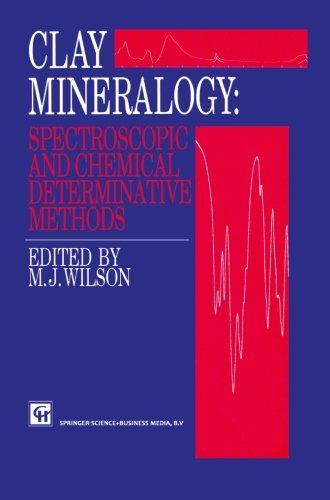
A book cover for Clay Mineralogy: Spectroscopic and Chemical Determinative Methods; Science & Math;